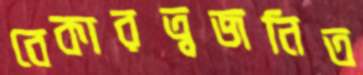
বেকারত্বজনিত